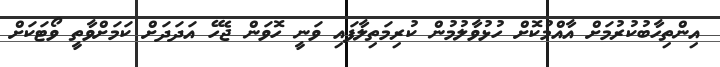
އިންތިހާބުކުރުމަށް އާއްމުކޮށް ހުޅުވާލުމުން ކުރިމަތިލާފައި ވަނީ ހޮވަން ޖެހޭ އަދަދަށް ކަމަށްވާތީ ވޯޓަކަށް